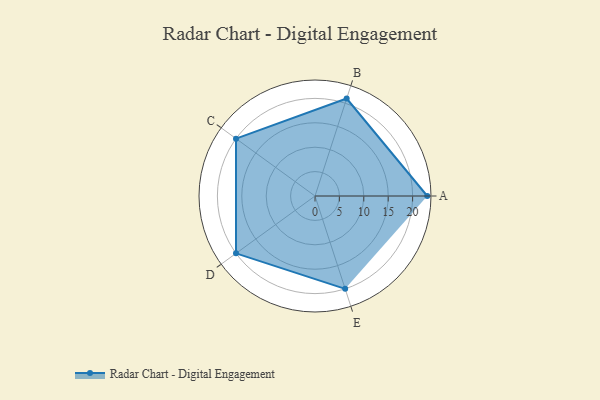
{"axis": {"x": "Skill", "y": "Score"}, "legend": ["Profile"], "data": [{"x": "A", "y": 23.0, "type": "Profile"}, {"x": "B", "y": 21.0, "type": "Profile"}, {"x": "C", "y": 20.0, "type": "Profile"}, {"x": "D", "y": 20, "type": "Profile"}, {"x": "E", "y": 20, "type": "Profile"}]}